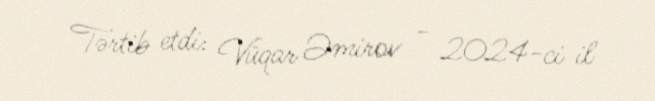
Tərtib etdi: Vüqar Əmirov - 2024-ci il